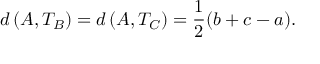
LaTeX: d \left( A , T _ { B } \right) = d \left( A , T _ { C } \right) = { \frac { 1 } { 2 } } ( b + c - a ) .